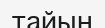
тайын